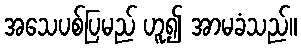
အသေပစ်ပြမည် ဟူ၍ အာမခံသည်။